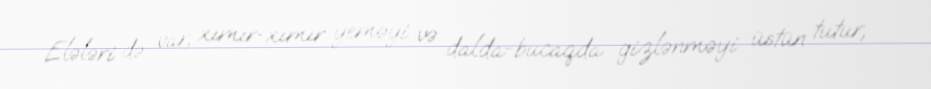
Elələri də var, xımır-xımır yeməyi və dalda-bucaqda gizlənməyi üstün tutur,